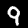
Label: 9